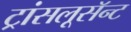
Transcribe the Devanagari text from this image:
ट्रांसलूसॅन्ट